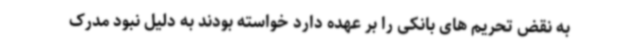
به نقض تحریم های بانکی را بر عهده دارد خواسته بودند به دلیل نبود مدرک